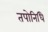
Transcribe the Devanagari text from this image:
तपोनिधि